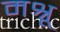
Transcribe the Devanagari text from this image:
मश्रू